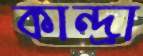
কান্দ্রা